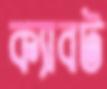
ক্যাবট